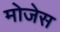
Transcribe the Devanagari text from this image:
मोजेस